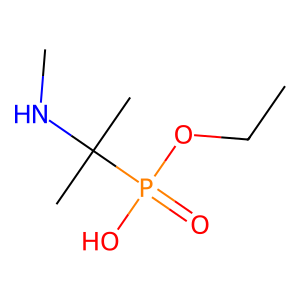
SMILES: CCOP(=O)(O)C(C)(C)NC
Inhibits HIV replication: No